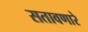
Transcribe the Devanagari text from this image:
सतावणारे